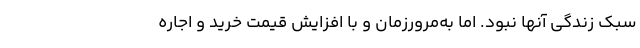
سبک زندگی آنها نبود. اما به‌مرورزمان و با افزایش قیمت خرید و اجاره